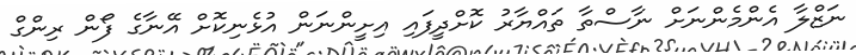
ނަޒްލާ އެންމެންނަށް ނާސްތާ ތައްޔާރު ކޮށްދީފައި އިށީންނަން އުޅެނިކޮށް އޭނާގެ ފޯން ރިންގް